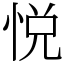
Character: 悦